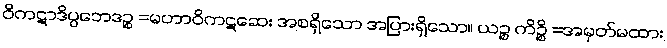
ဝိကဋာဒိပ္ပဘေဒဉ္စ =မဟာဝိကဋဆေး အစရှိသော အပြားရှိသော။ ယဉ္စ ကိဉ္စိ =အမှတ်မထား